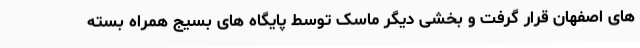
های اصفهان قرار گرفت و بخشی دیگر ماسک توسط پایگاه های بسیج همراه بسته